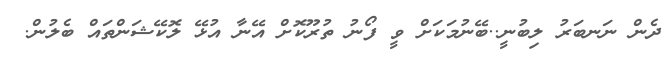
ދެން ނަނބަރު ލިބުނީ..ބޭނުމަކަށް ވީ ފޯނު ތުރޫކޮށް އޭނާ އުޅޭ ލޮކޭޝަންތައް ބެލުން._